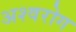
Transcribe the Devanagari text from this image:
अश्वरोग